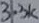
Text: 3.3K